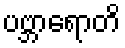
ပဗ္ဘာရောတိ